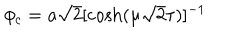
LaTeX: \phi _ { c } = a \sqrt 2 [ { \cosh ( \mu \sqrt 2 \tau ) } ] ^ { - 1 }